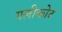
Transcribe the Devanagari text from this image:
गलीकोट